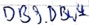
Text: DB9.DBW4